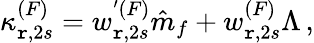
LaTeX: \kappa_{\mathtt{r},2s}^{(F)}=w_{\mathtt{r},2s}^{'(F)}\hat{{m}}_{f}+w_{\mathtt{r},2s}^{(F)}\Lambda\, ,